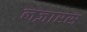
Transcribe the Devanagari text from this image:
लज़ारस